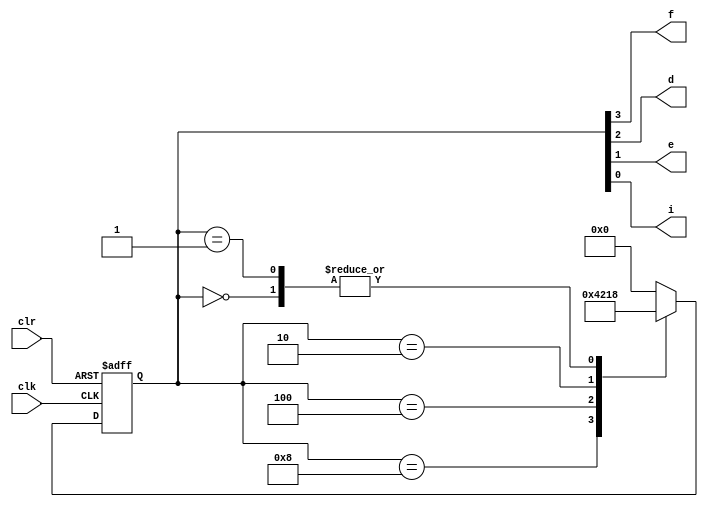
module seq_gen(
	       clk,
    	       clr,
	       f,
	       d,
	       e,
	       i
	       );
   input clk;
   
   input clr;
   output wire f;
   output wire d;
   output wire e;
   output wire i;
   
   
   reg [3:0] state;
   always @(posedge clk or negedge clr)
     begin
	
	if(clr === 1'b0)
	  begin
	     state <= 4'b0000;
	     
	  end
	else
	  begin
	     case(state)
	       4'b0000:
		 begin
		    state <= 4'b1000;
		 end
	       4'b1000:
		 begin
		    state <= 4'b0100;
		 end
	       4'b0100:
		 begin
		    state <= 4'b0010;
		 end
	       4'b0010:
		 begin
		    state <= 4'b0001;
		 end
	       4'b0001:
		 begin
		    state <= 4'b1000;
		 end
	       default:	// 
		 begin
		    state <= 4'b0000;
		 end
	     endcase // case (state)
	     
	  end
     end // always @ (posedge clk or negedge clr)
   assign f = state[3];
   assign d = state[2];
   assign e = state[1];
   assign i = state[0];
   
endmodule // seq_gen